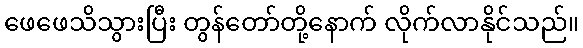
ဖေဖေသိသွားပြီး တွန်တော်တို့နောက် လိုက်လာနိုင်သည်။